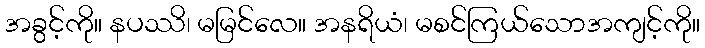
အခွင့်ကို။ နပဿိ၊ မမြင်လေ။ အနရိယံ၊ မစင်ကြယ်သောအကျင့်ကို။